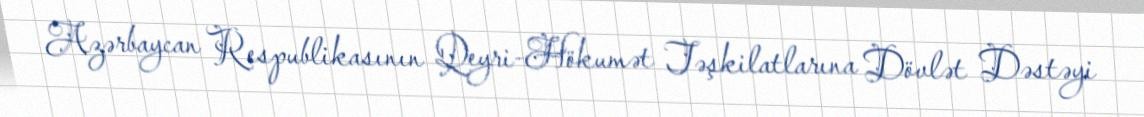
Azərbaycan Respublikasının Qeyri-Hökumət Təşkilatlarına Dövlət Dəstəyi